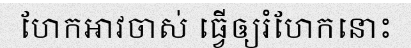
ហែកអាវចាស់ ធ្វើឲ្យរំហែកនោះ